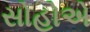
સોહોએ